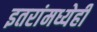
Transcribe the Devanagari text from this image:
इतरांमध्येही